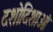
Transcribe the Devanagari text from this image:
दशोदिशाओं